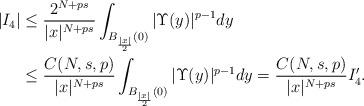
LaTeX: \begin{align*} |I_4|&\le \dfrac{2^{N+ps}}{|x|^{N+ps}} \int_{B_{\frac{|x|}2}(0)}|\Upsilon(y)|^{p-1}dy\\ &\le \dfrac{C(N,s,p)}{|x|^{N+ps}} \int_{B_{\frac{|x|}2}(0)}|\Upsilon(y)|^{p-1}dy =\dfrac{C(N,s,p)}{|x|^{N+ps}} I_4'. \end{align*}